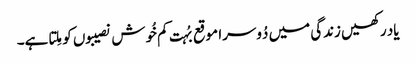
یاد رکھیں زندگی میں دُوسرا موقع بُہت کم خُوش نصیبوں کو مِلتا ہے۔